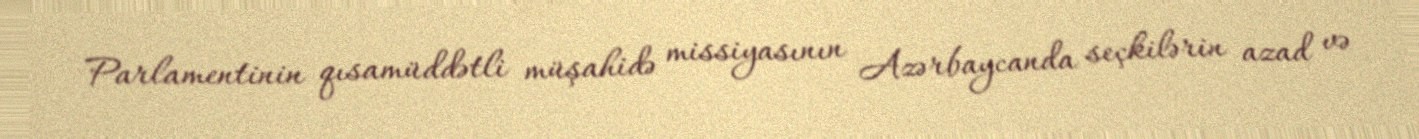
Parlamentinin qısamüddətli müşahidə missiyasının Azərbaycanda seçkilərin azad və